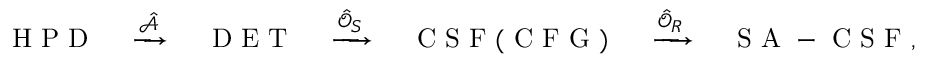
\mathrm { ~ H ~ P ~ D ~ } \quad \xrightarrow { \hat { \mathcal { A } } } \quad \mathrm { ~ D ~ E ~ T ~ } \quad \xrightarrow { \hat { \mathcal { O } } _ { S } } \quad \mathrm { ~ C ~ S ~ F ~ ( ~ C ~ F ~ G ~ ) ~ } \quad \xrightarrow { \hat { \mathcal { O } } _ { R } } \quad \mathrm { ~ S ~ A ~ - ~ C ~ S ~ F ~ } ,